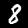
Label: 8